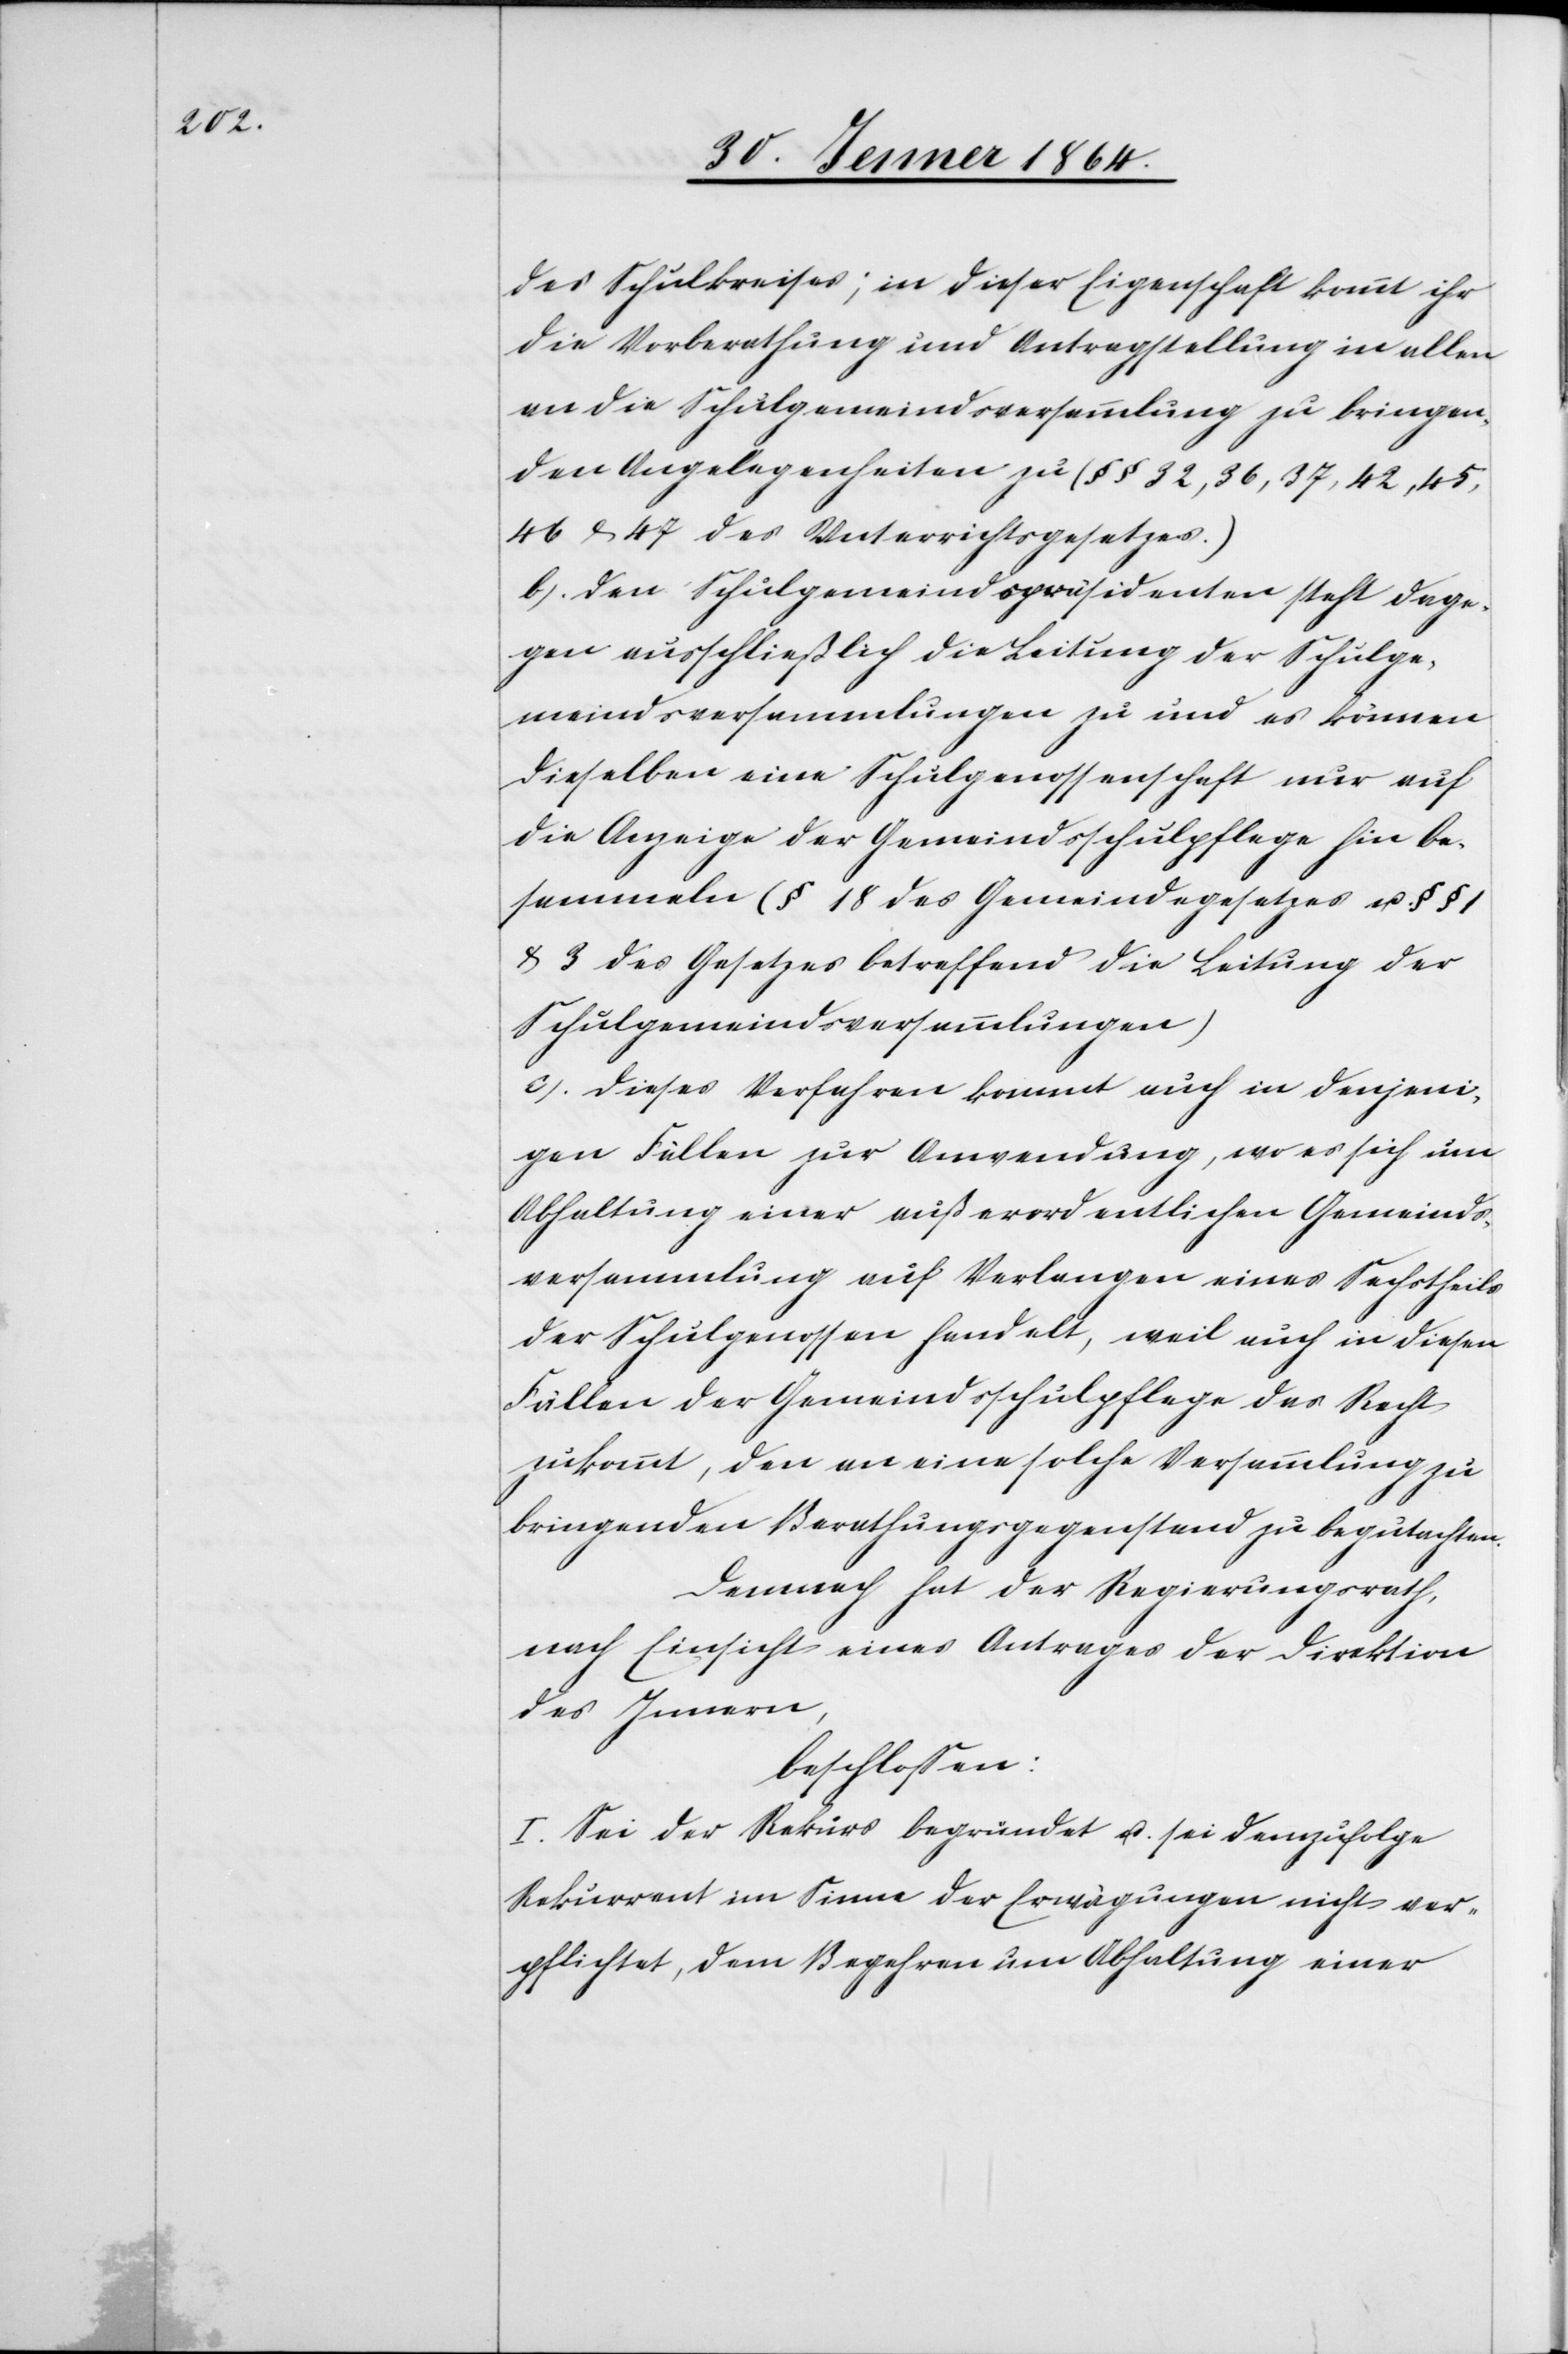
des Schulkreises; in dieser Eigenschaft kommt ihr
die Vorberathung und Antragstellung in allen
an die Schulgemeindsversammlung zu bringen¬
den Angelegenheiten zu (§§ 32, 36, 37, 42, 45,
46 & 47 des Unterrichtsgesetzes.)
b.) Den Schulgemeindspräsidenten steht dage¬
gen ausschließlich die Leitung der Schulge¬
meindsversammlungen zu und es können
dieselben eine Schulgenossenschaft nur auf
die Anzeige der Gemeindsschulpflege hin be¬
sammeln (§ 18 des Gemeindegesetzes u. §§
& 3 des Gesetzes betreffend die Leitung der
Schulgemeindsversammlungen)
c.) Dieses Verfahren kommt auch in denjeni¬
gen Fällen zur Anwendung, wo es sich um
Abhaltung einer außerordentlichen Gemeinds¬
versammlung auf Verlangen eines Sechstheils
der Schulgenossen handelt, weil auch in diesen
Fällen der Gemeindsschulpflege das Recht
zukommt, den an eine solche Versammlung zu
bringenden Berathungsgegenstand zu begutachten.
Demnach hat der Regierungsrath,
nach Einsicht eines Antrages der Direktion
des Innern,
beschlossen:
I. Sei der Rekurs begründet u. sei demzufolge
Rekurrent im Sinne der Erwägungen nicht ver¬
pflichtet, dem Begehren um Abhaltung einer